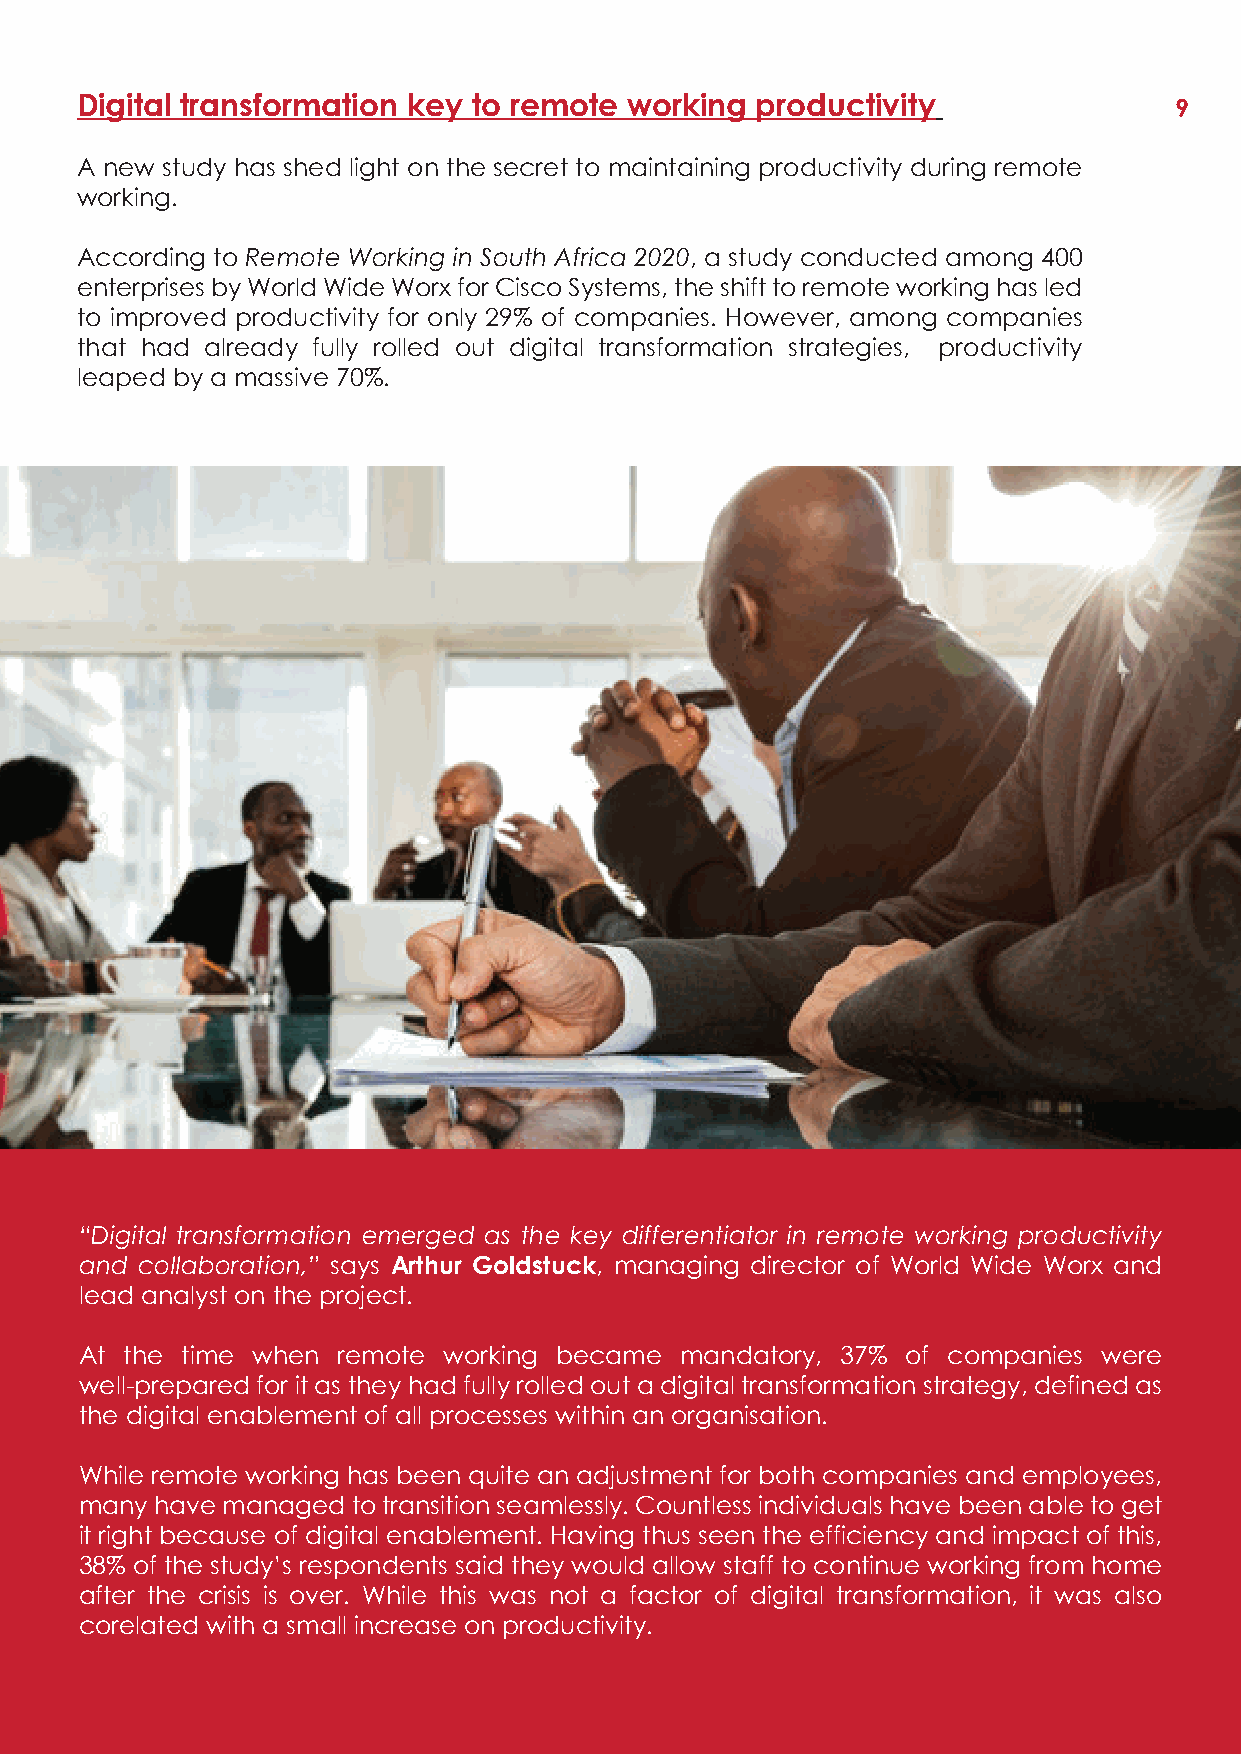
Digital transformation key to remote working productivity                9
 A new study has shed light on the secret to maintaining productivity during remote
 working.
 According to Remote Working in South Africa 2020, a study conducted among 400
 enterprises by World Wide Worx for Cisco Systems, the shift to remote working has led
 to improved productivity for only 29% of companies. However, among companies
 that had already fully rolled out digital transformation strategies, productivity
 leaped by a massive 70%.
 “Digital transformation emerged as the key differentiator in remote working productivity
 and collaboration,” says Arthur Goldstuck, managing director of World Wide Worx and
 lead analyst on the project.
 At the time when remote working became  mandatory, 37% of companies were
 well-prepared for it as they had fully rolled out a digital transformation strategy, defined as
 the digital enablement of all processes within an organisation.
 While remote working has been quite an adjustment for both companies and employees,
 many have managed to transition seamlessly. Countless individuals have been able to get
 it right because of digital enablement. Having thus seen the efficiency and impact of this,
 38% of the study’s respondents said they would allow staff to continue working from home
 after the crisis is over. While this was not a factor of digital transformation, it was also
 corelated with a small increase on productivity.